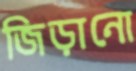
জিড়ানো